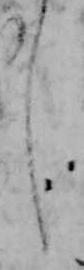
し